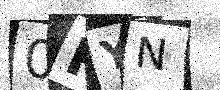
Text: 0RYN